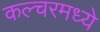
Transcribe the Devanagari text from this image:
कल्चरमध्ये